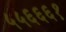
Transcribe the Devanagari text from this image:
५५६६६१